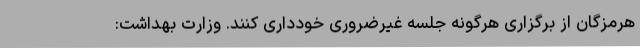
هرمزگان از برگزاری هرگونه جلسه غیرضروری خودداری کنند. وزارت بهداشت: